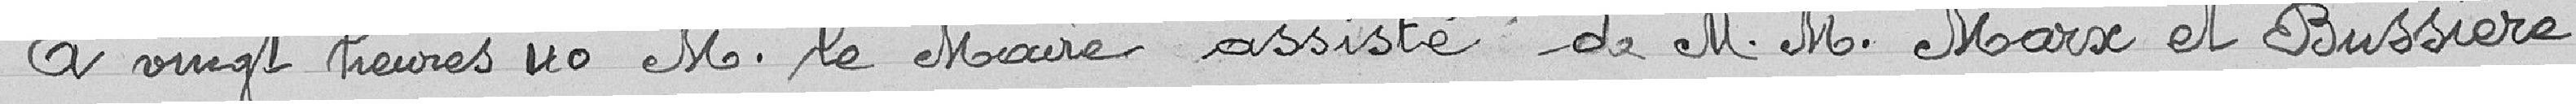
A vingt heures 40 M. le Maire assisté de M. M. Marx et Bussière